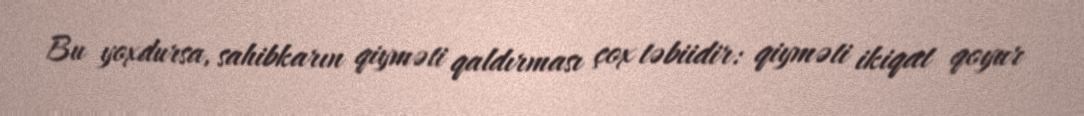
Bu yoxdursa, sahibkarın qiyməti qaldırması çox təbiidir: qiyməti ikiqat qoyur